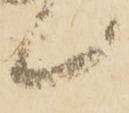
候